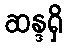
ဆန္ဒရှိ